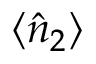
\langle \hat { n } _ { 2 } \rangle